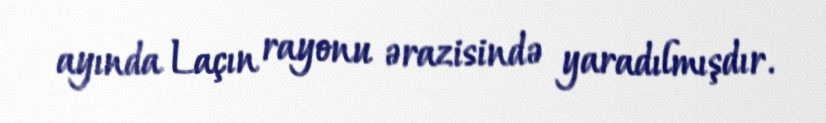
ayında Laçın rayonu ərazisində yaradılmışdır.